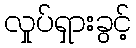
လှုပ်ရှားခွင့်